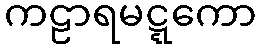
ကဠာရမဋ္ဋကော